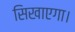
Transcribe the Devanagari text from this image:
सिखाएगा।